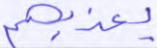
يعذبهم